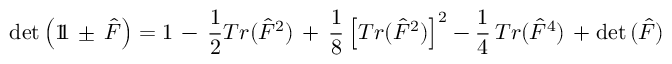
\mathrm { d e t } \left( 1 \! \! 1 \, \pm \, \hat { F } \right) = 1 \, - \, \frac { 1 } { 2 } T r ( \hat { F } ^ { 2 } ) \, + \, \frac { 1 } { 8 } \left[ T r ( \hat { F } ^ { 2 } ) \right] ^ { 2 } - \frac { 1 } { 4 } \, T r ( \hat { F } ^ { 4 } ) \, + \mathrm { d e t } \, ( \hat { F } )